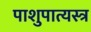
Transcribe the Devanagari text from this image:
पाशुपात्यस्त्र